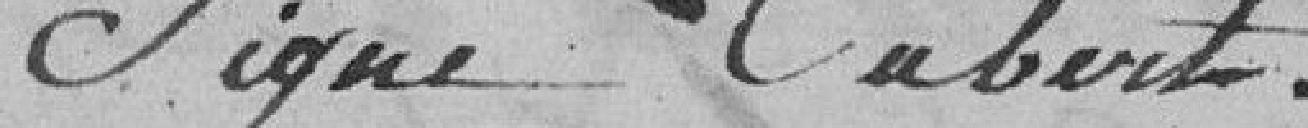
Signé Cubert.